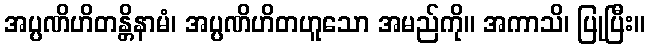
အပ္ပဏိဟိတန္တိနာမံ၊ အပ္ပဏိဟိတဟူသော အမည်ကို။ အကာသိ၊ ပြုပြီး။